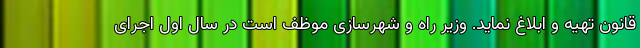
قانون تهیه و ابلاغ نماید. وزیر راه و شهرسازی موظف است در سال اول اجرای